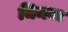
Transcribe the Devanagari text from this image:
चिमना